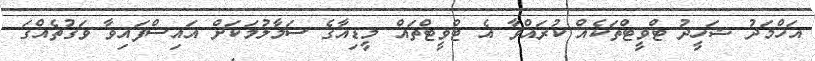
އަހްމަދު ޝަހީދު ޓްވީޓްތަކެއް ކުރައްވާ އެ ޓްވީޓްތައް މީޑިއާގެ ސަމާލުމަކަށް އައިސްފައިވާ ވަގުތެއްގަ